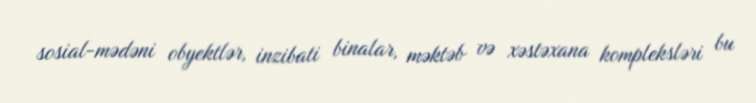
sosial-mədəni obyektlər, inzibati binalar, məktəb və xəstəxana kompleksləri bu